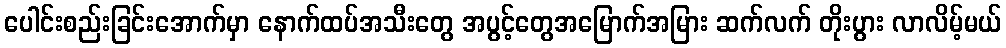
ပေါင်းစည်းခြင်းအောက်မှာ နောက်ထပ်အသီးတွေ အပွင့်တွေအမြောက်အမြား ဆက်လက် တိုးပွား လာလိမ့်မယ်